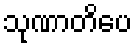
သုဏာတိပေ